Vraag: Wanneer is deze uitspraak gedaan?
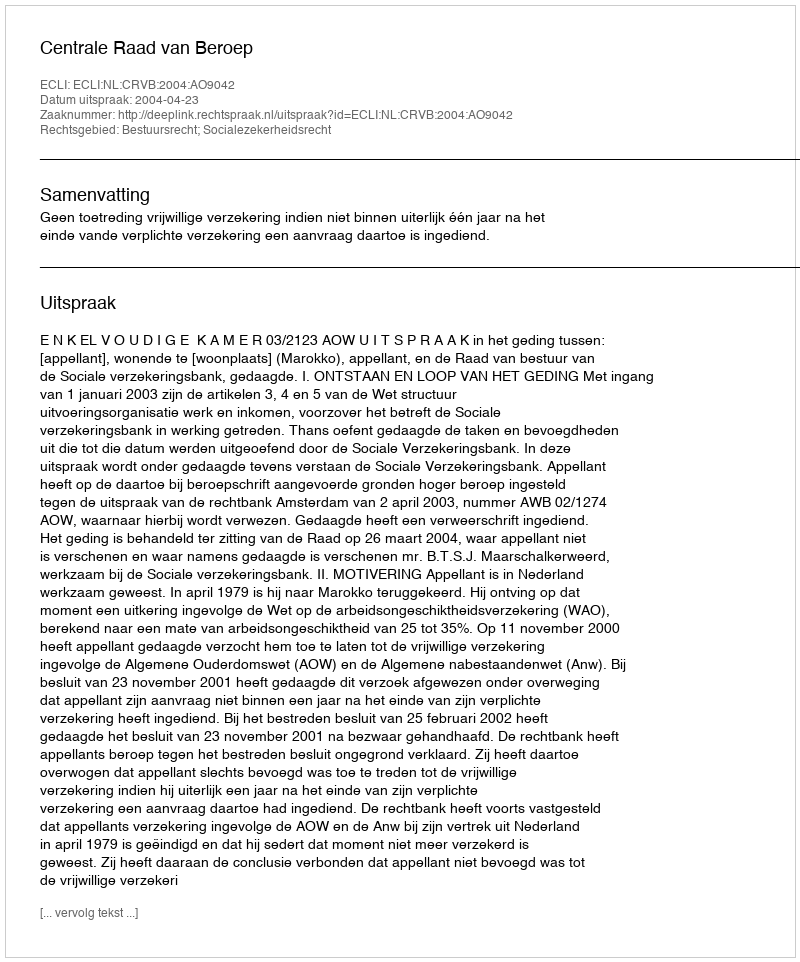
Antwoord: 2004-04-23